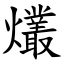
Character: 爜